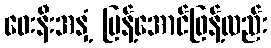
ဝေးနီးအနှံ့ ပြန့်အောင်ဖြန့်လည်း